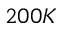
2 0 0 K